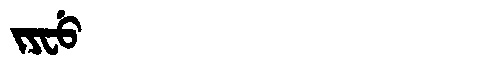
Manchu: ᠵᠶᠸᡠ
Romanization: JYFU